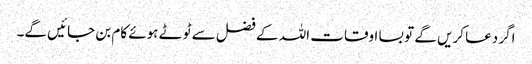
اگر دعا کریں گے تو بسا اوقات اللہ کے فضل سے ٹوٹے ہوئے کام بن جائیں گے۔